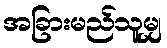
အခြားမည်သူမျှ